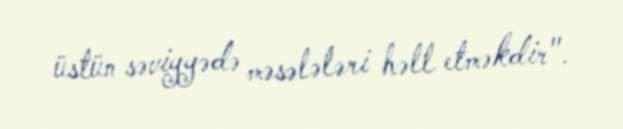
üstün səviyyədə məsələləri həll etməkdir".